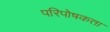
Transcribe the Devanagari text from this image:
परिपोषकता